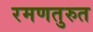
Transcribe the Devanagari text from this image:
रमणतुरुत